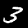
Label: 3